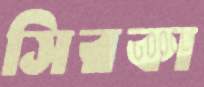
সিরকা